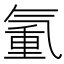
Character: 𣱧